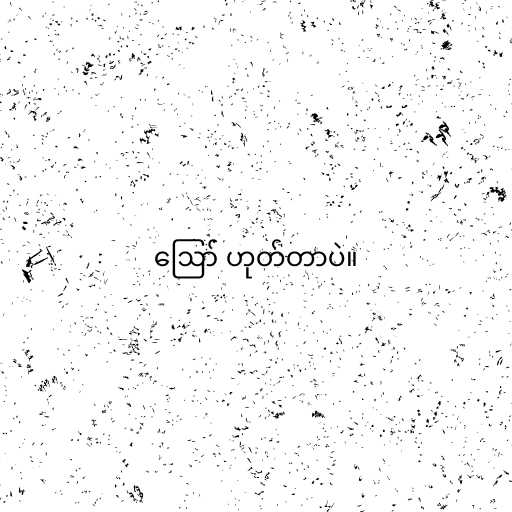
ဪ ဟုတ်တာပဲ။